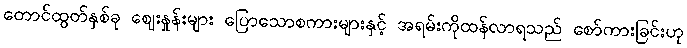
တောင်ထွတ်နှစ်ခု ဈေးနှုန်းများ ပြောသောစကားများနှင့် အရမ်းကိုထန်လာရသည် စော်ကားခြင်းဟု